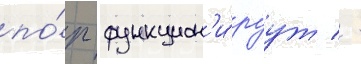
по́р функцион'и́руут / -